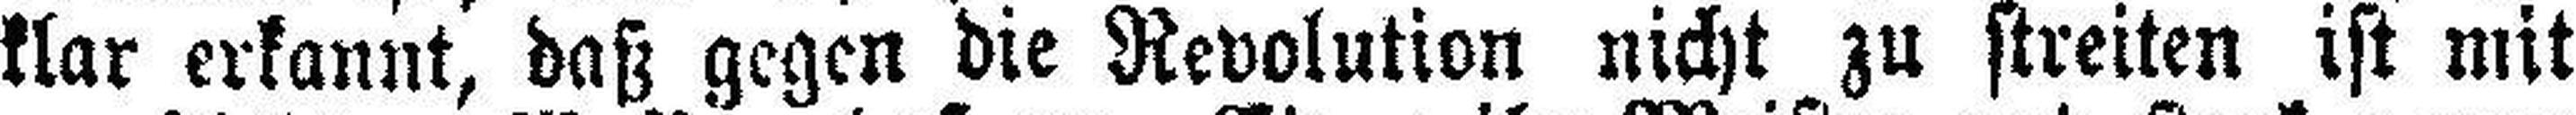
klar erkannt, daß gegen die Revolution nicht zu streiten ist mit